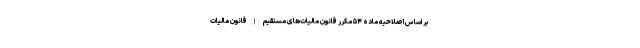
بر اساس اصلاحیه ماده ۵۴ مکرر قانون مالیات‌های مستقیم (قانون مالیات